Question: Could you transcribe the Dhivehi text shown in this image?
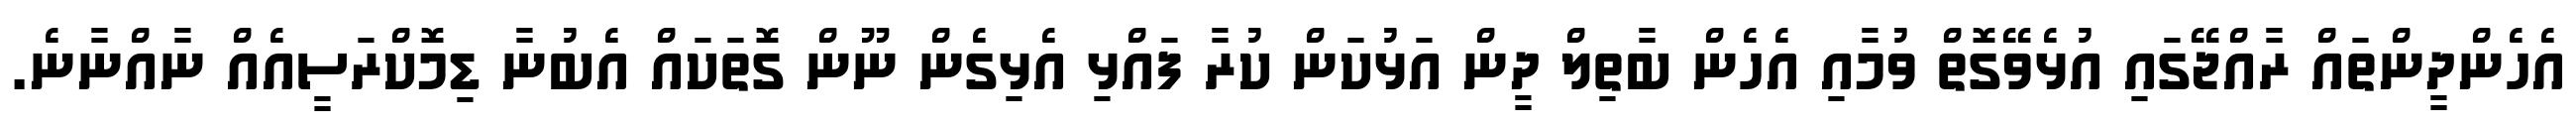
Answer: އެހެންދީންތައް ރާއްޖޭގައި އުޅެވޭގޮތް ވުމާއި އެހެން ބާތިލް ދީން އަޅުކަން ކުރާ ފައްޅި އެޅިގެން ނޫން ގޮތަކައް އެބުނާ ޑިމޮކްރަސީއެއް ނާއްނާނެ.